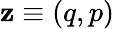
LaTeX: \mathbf{z}\equiv(q,p)